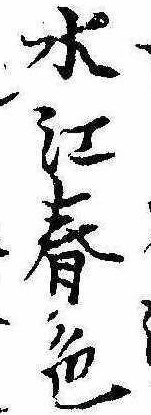
水江春色